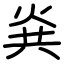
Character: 烡